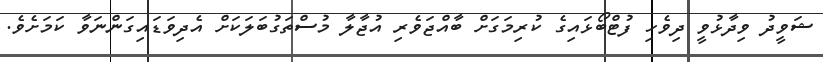
ޝަވީދު ވިދާޅުވީ ދިވެހި ފުޓްބޯޅައިގެ ކުރިމަގަށް ބާއްޖަވެރި އުޖާލާ މުސްތަގުބަލަކަށް އެދިވަޑައިގަންނަވާ ކަމަށެވެ.